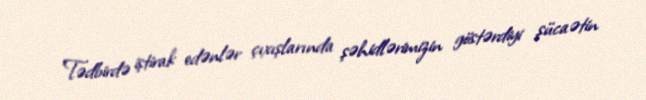
Tədbirdə iştirak edənlər çıxışlarında şəhidlərimizin göstərdiyi şücaətin